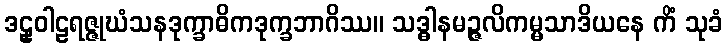
ဒဠှဝါဠရဇ္ဇုဃံသနဒုက္ခာဓိကဒုက္ခဘာဂိဿ။ သဒ္ဓါနမဉ္ဇလိကမ္မသာဒိယနေ ကိံ သုခံ